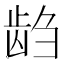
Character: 𱌭